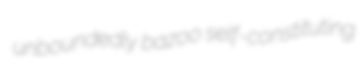
unboundedly bazoo self-constituting